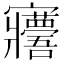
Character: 𡬑